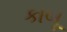
કાબૂ